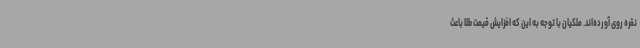
نقره روی آورده‌اند. ملکیان با توجه به این که افزایش قیمت طلا باعث